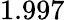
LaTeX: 1.997